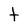
Character: t